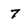
Character: 7